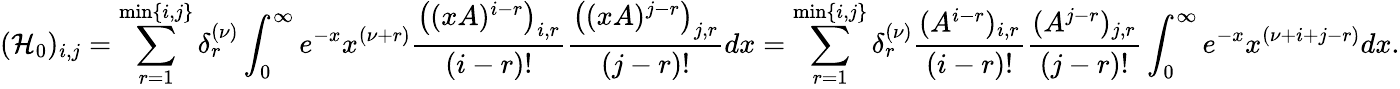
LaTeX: (\mathcal{H}_{0})_{i,j}=\sum_{r=1}^{\operatorname*{min}\{ i,j\} }\delta_{r}^{(\nu)}\int_{0}^{\infty}e^{-x}x^{(\nu+r)}\frac{\big((xA)^{i-r}\big)_{i,r}}{(i-r)!}\frac{\big((xA)^{j-r}\big)_{j,r}}{(j-r)!}dx=\sum_{r=1}^{\operatorname*{min}\{ i,j\} }\delta_{r}^{(\nu)}\frac{(A^{i-r})_{i,r}}{(i-r)!}\frac{(A^{j-r})_{j,r}}{(j-r)!}\int_{0}^{\infty}e^{-x}x^{(\nu+i+j-r)}dx.